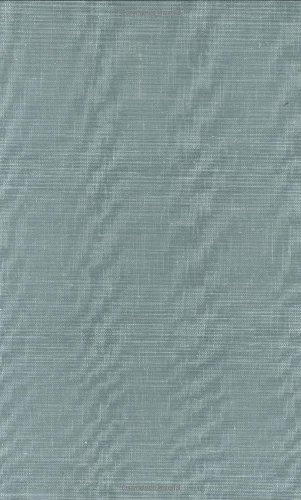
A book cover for Land of the Millrats; Richard M. Dorson; Humor & Entertainment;